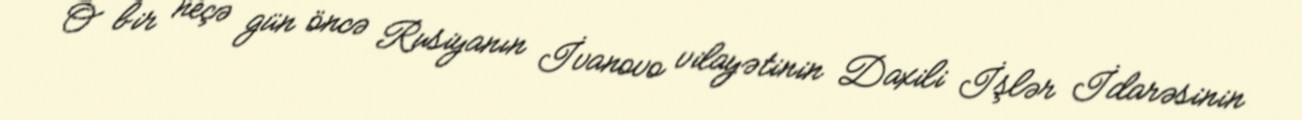
O bir neçə gün öncə Rusiyanın İvanovo vilayətinin Daxili İşlər İdarəsinin